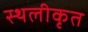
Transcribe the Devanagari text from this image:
स्थलीकृत